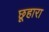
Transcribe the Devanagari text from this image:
छूहारा